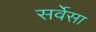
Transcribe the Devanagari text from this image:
सर्वेसा